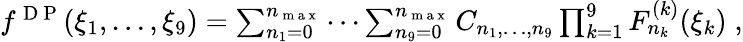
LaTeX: \begin{array}{r}{f^{\mathrm{~D~P~}}(\xi_{1},\ldots,\xi_{9})=\sum_{n_{1}=0}^{n_{\mathrm{~m~a~x~}}}\cdots\sum_{n_{9}=0}^{n_{\mathrm{~m~a~x~}}}C_{n_{1},\ldots,n_{9}}\prod_{k=1}^{9}F_{n_{k}}^{(k)}(\xi_{k})\; ,}\end{array}